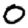
Digit: 0